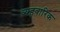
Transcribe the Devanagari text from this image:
व्यहवारिक